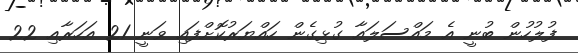
ފުލުހުން ބުނީ އެ މައްސަލައާ ގުޅިގެން ހައްޔަރުކޮށްފައި ވަނީ 21 އަހަރާއި 22